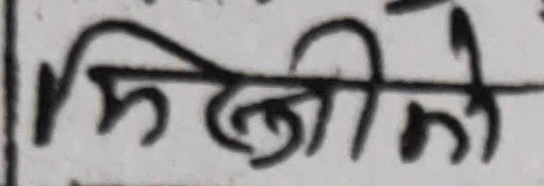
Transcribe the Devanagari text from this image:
मिलीको